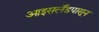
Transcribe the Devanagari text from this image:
आइसलँडपासून